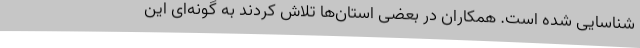
شناسایی شده است. همکاران در بعضی استان‌ها تلاش کردند به گونه‌ای این